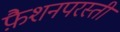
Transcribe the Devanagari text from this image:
फ़ैशनपरस्ती